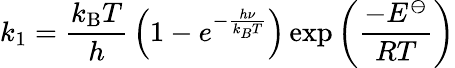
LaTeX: k_{1}={\frac{k_{\mathrm{B}}T}{h}}\left(1-e^{-{\frac{h\nu}{k_{B}T}}}\right)\exp\left({\frac{-E^{\ominus}}{RT}}\right)